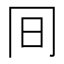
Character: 𠕌